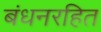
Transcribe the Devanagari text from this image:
बंधनरहित